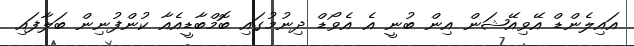
އައިލެންޑް އޭވިއޭޝަން އިން ބުނީ އެ އެވޯޑް ދިނުމުގައި ބޮމްބާޑީއެއާ ކުންފުނިން ބަލާފައި